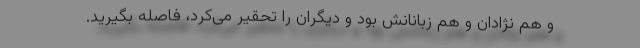
و هم نژادان و هم زبانانش بود و دیگران را تحقیر می‌کرد، فاصله بگیرید.